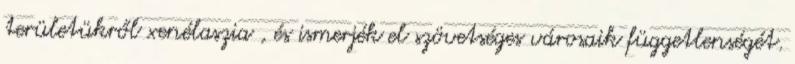
területükről xenélaszia , és ismerjék el szövetséges városaik függetlenségét.